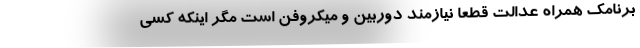
برنامک همراه عدالت قطعا نیازمند دوربین و میکروفن است مگر اینکه کسی